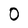
Character: 0